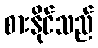
စားနိုင်သည်